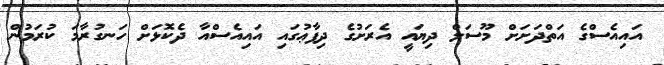
އައިއެސްގެ އަތްދަށަށް މޫސަލް ދިޔައީ އެރަށުގެ ދިފާޢުގައި އައިއެސްއާ ދެކޮޅަށް ހަނގުރާމަ ކުރަމުން